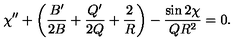
\chi ^ { \prime \prime } + \left( { \frac { B ^ { \prime } } { 2 B } } + { \frac { Q ^ { \prime } } { 2 Q } } + { \frac { 2 } { R } } \right) - { \frac { \sin 2 \chi } { Q R ^ { 2 } } } = 0 .